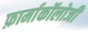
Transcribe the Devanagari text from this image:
फ़ार्माकॉलोजी